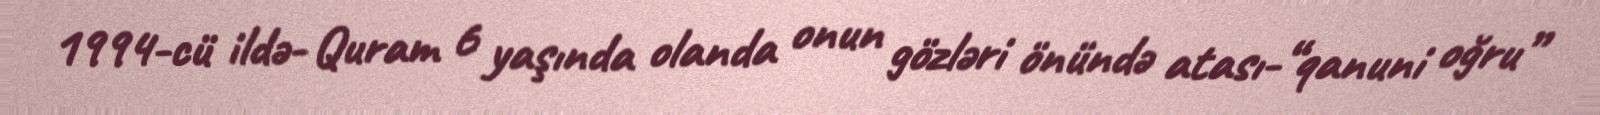
1994-cü ildə- Quram 6 yaşında olanda onun gözləri önündə atası-“qanuni oğru”